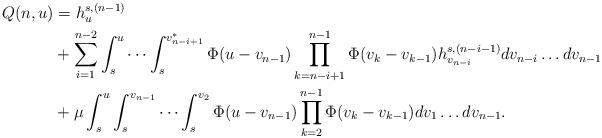
LaTeX: \begin{align*}Q(n,u)&=h_u^{s,(n-1)} \\&+ \sum_{i=1}^{n-2} \int_s^u \cdots \int_s^{v_{n-i+1}^*} \Phi(u-v_{n-1}) \prod_{k=n-i+1}^{n-1} \Phi(v_k-v_{k-1}) h_{v_{n-i}}^{s,(n-i-1)} dv_{n-i} \ldots dv_{n-1} \\&+ \mu \int_s^u \int_s^{v_{n-1}} \cdots \int_s^{v_2} \Phi(u-v_{n-1}) \prod_{k=2}^{n-1} \Phi(v_k-v_{k-1}) dv_1\ldots dv_{n-1}.\end{align*}